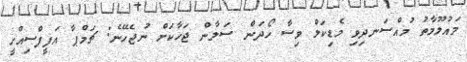
މައުލޫމާތު މުއްސަނދިވި މެޑިކަލް ވިސާ ހޯދަން ސަލާން ޖަހާކަށް ނުޖެހޭނެ: ޗަމްޕާ އަފީފްސިއްހީ